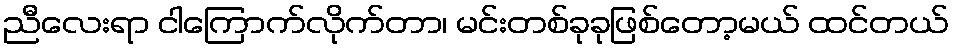
ညီလေးရာ ငါကြောက်လိုက်တာ၊ မင်းတစ်ခုခုဖြစ်တော့မယ် ထင်တယ်